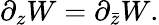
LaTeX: \partial_{z}W=\partial_{\bar{z}}W.